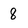
Character: 8